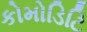
કોમોડિટિ